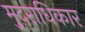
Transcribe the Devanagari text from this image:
मु्दराधिकार